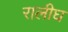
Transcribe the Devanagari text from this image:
रालीघ